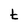
Character: t